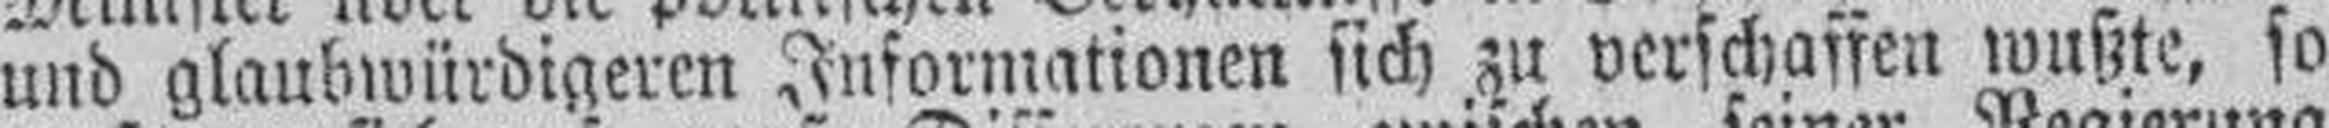
und glaubwürdigeren Informationen sich zu verschaffen wußte, so